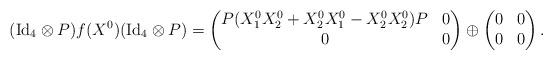
LaTeX: \begin{align*}({\rm Id}_4\otimes P)f(X^0)({\rm Id}_4\otimes P)&=\begin{pmatrix}P (X_1^0 X^0_2 +X^0_2 X^0_1 -X^0_2 X^0_2) P&0\\0&0\end{pmatrix} \oplus \begin{pmatrix}0&0\\0&0\end{pmatrix}.\end{align*}